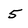
Character: 5